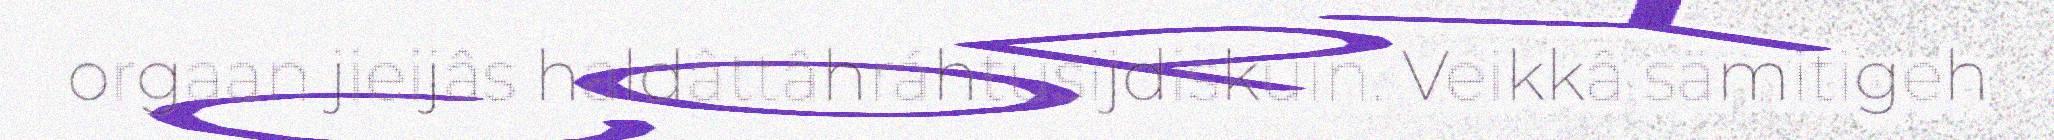
orgaan jieijâs haldâttâhráhtusijdiskuin. Veikkâ sämitigeh